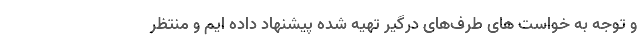
و توجه به خواست های طرف‌های درگیر تهیه شده پیشنهاد داده ایم و منتظر